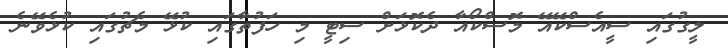
ލީގުގައި ސީއެސްކޭއޭ މޮސްކޯއާ ދެކޮޅަށް ސިޓީ މި ހަފުތާގައި ކުޅޭ މެޗުގައި ކުޅެވޭނެ